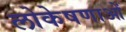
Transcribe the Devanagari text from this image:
लोकेषणाओं